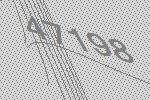
47198